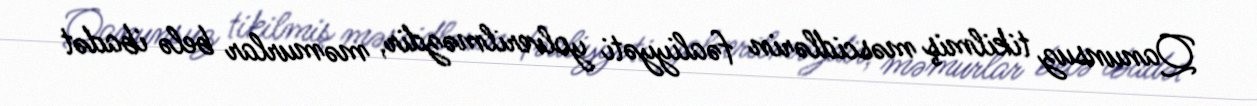
Qanunsuz tikilmiş məscidlərin fəaliyyəti yolverilməzdir, məmurlar belə ibadət